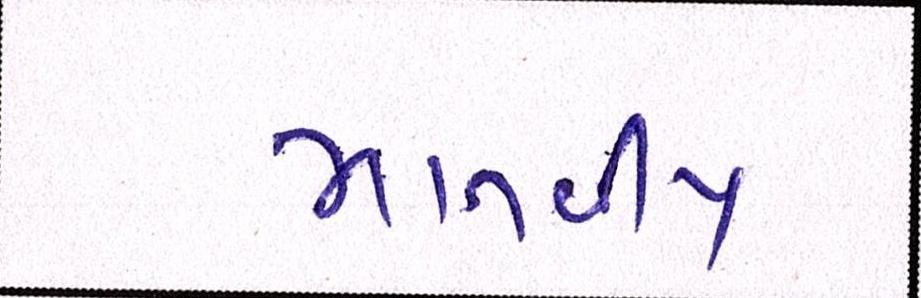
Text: માનવીય